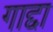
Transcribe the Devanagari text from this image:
गाद्दा